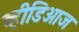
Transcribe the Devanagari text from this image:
व्हीडिओज